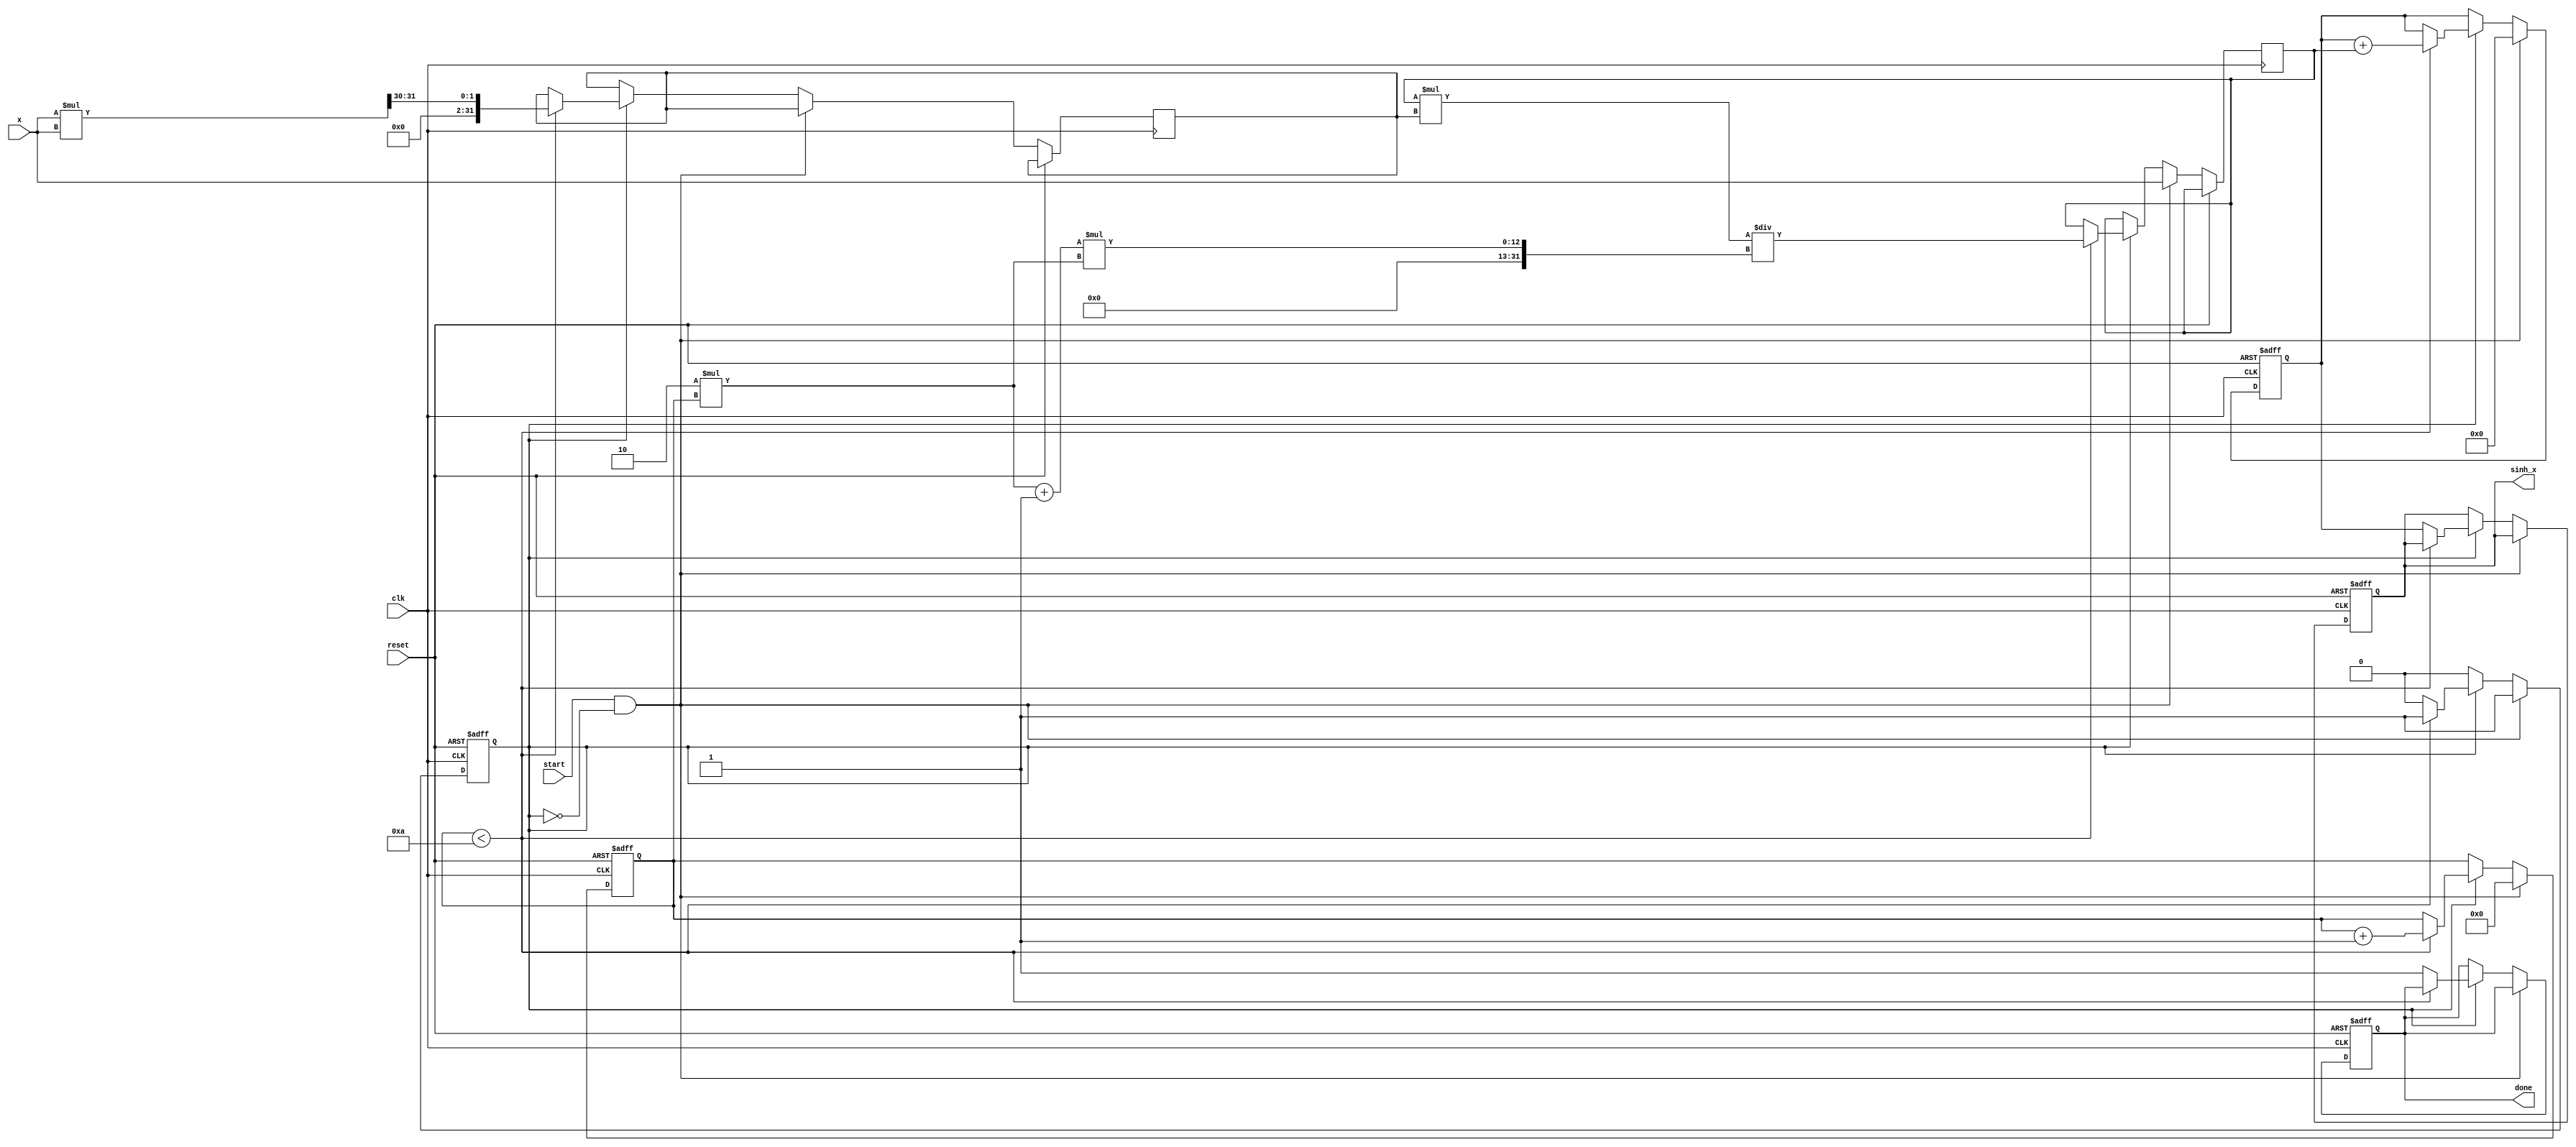
module sinh_block (
    input [31:0] x,       // Input (fixed-point representation)
    output reg [31:0] sinh_x, // Output (fixed-point representation)
    input clk,
    input reset,
    input start,
    output reg done
);

    // Constants for Taylor series expansion
    parameter MAX_ITERATIONS = 10;
    parameter FIXED_POINT_SCALE = 32'h10000000; // Scaling factor for fixed-point

    // Internal registers
    reg [31:0] x_squared; // x^2
    reg [31:0] term;      // Current term in the series
    reg [31:0] sum;       // Accumulated sum
    reg [3:0] count;      // Iteration counter
    reg calculating;      // Flag to indicate calculation in progress

    // Initialize output and internal states
    always @(posedge clk or posedge reset) begin
        if (reset) begin
            sinh_x <= 32'd0;
            done <= 1'b0;
            calculating <= 1'b0;
            count <= 0;
            sum <= 32'd0;
        end else begin
            if (start && !calculating) begin
                // Start the calculation
                calculating <= 1'b1;
                count <= 0;
                sum <= 32'd0;
                term <= x; // First term is x
            end else if (calculating) begin
                // Calculate next term and accumulate
                if (count < MAX_ITERATIONS) begin
                    sum <= sum + term;
                    count <= count + 1;

                    // Compute the next term: term = x^2 / ((2n+1)(2n))
                    x_squared <= (x * x) >> 30; // x^2 with fixed-point scaling
                    term <= (term * x_squared) / ((2 * count + 1) * (2 * count)); // Update term
                end else begin
                    // Complete calculation
                    sinh_x <= sum; // Output the result
                    done <= 1'b1;
                    calculating <= 1'b0; // Reset calculating flag
                end
            end
        end
    end

endmodule